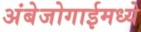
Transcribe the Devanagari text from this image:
अंबेजोगाईमध्ये